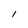
Character: l